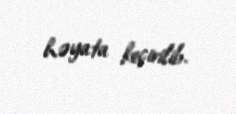
həyata keçirilib.